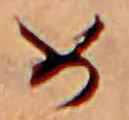
め